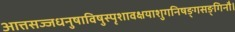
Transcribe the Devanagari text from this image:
आत्तसज्जधनुषाविषुस्पृशावक्षयाशुगनिषङ्गसङ्गिनौ।